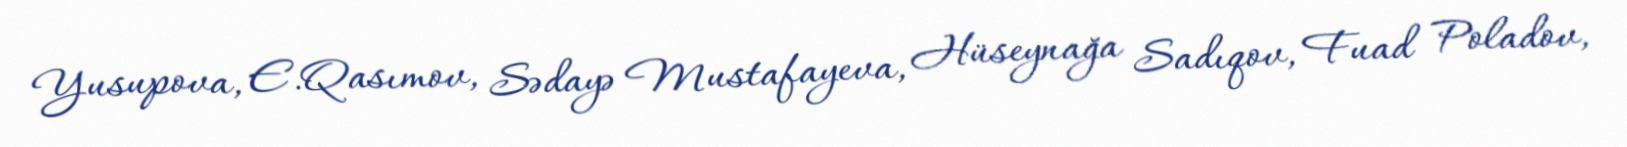
Yusupova, E.Qasımov, Sədayə Mustafayeva, Hüseynağa Sadıqov, Fuad Poladov,